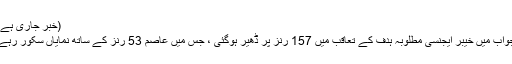
(خبر جاری ہے)
جواب میں خیبر ایجنسی مطلوبہ ہدف کے تعاقب میں 157 رنز پر ڈھیر ہوگئی ، جس میں عاصم 53 رنز کے ساتھ نمایاں سکور رہے۔